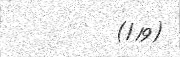
(/19)